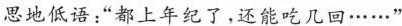
思地低语:“都上年纪了，还能吃几回……”